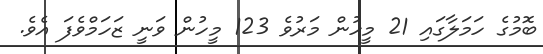
ބޮމުގެ ހަމަލާގައި 21 މީހުން މަރުވެ 123 މީހުން ވަނީ ޒަހަމްވެފަ އެވެ.